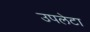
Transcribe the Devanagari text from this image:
उपलेटा